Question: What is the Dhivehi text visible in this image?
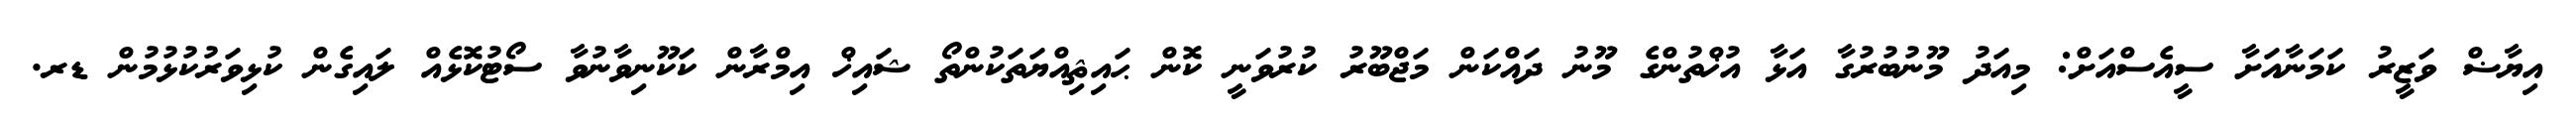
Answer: އިޔާޟް ވަޒީރު ކަމަނާއަށާ ސީއެސްއަށް: މިއަދު މޫނުބުރުގާ އަޅާ އުޚްތުންގެ މޫނު ދައްކަން މަޖްބޫރު ކުރުވަނީ ކޮން ޙައިޘިއްޔަތަކުންތޯ ޝައިޚް އިމްރާން ކަކޫނިވާނުވާ ސޯޓުކޮޅެއް ލައިގެން ކުޅިވަރުކުޅުމުން ޑރ.